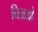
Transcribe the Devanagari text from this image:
चिअओ